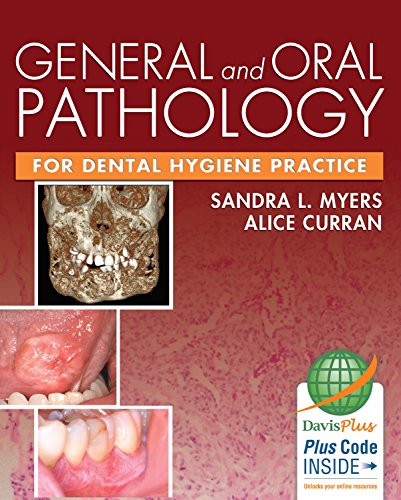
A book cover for General and Oral Pathology for Dental Hygiene Practice; Sandra Myers DMD; Medical Books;